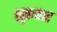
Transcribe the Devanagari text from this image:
शुक्रबार